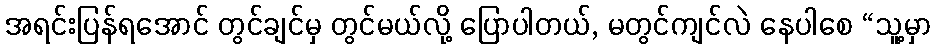
အရင်းပြန်ရအောင် တွင်ချင်မှ တွင်မယ်လို့ ပြောပါတယ်, မတွင်ကျင်လဲ နေပါစေ “သူ့မှာ